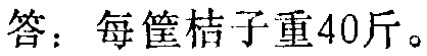
答：每筐桔子重40斤。